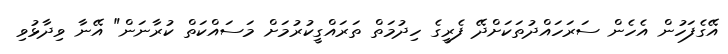
އޭގެފަހުން އެހެން ސަރަހައްދުތަކަށްދޭ ފެރީގެ ހިދުމަތް ތަރައްގީކުރުމަށް މަސައްކަތް ކުރާނަން" އޭނާ ވިދާޅުވި